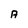
Character: A